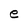
Character: e